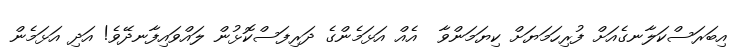
އިބަރަސްކަލާނގެއަށް ފުރިހަމަޔަށް ކިޔަމަންވާ  އެއް އަޅަމެންގެ ދަރިފަސްކޮޅުން ލައްވައިފާނދޭވެ! އަދި އަޅަމެން